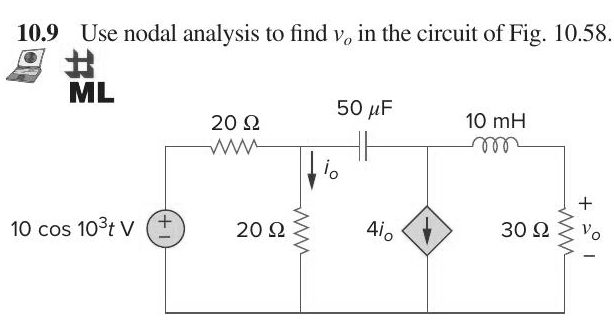
Components in this circuit:
resistor
inductor
capacitor
resistor
dependant current source
resistor
voltage source